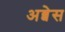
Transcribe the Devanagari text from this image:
अब्बेस